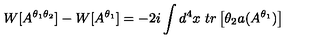
W [ A ^ { \theta _ { 1 } \theta _ { 2 } } ] - W [ A ^ { \theta _ { 1 } } ] = - 2 i \int d ^ { 4 } x \ t r \left[ \theta _ { 2 } a ( A ^ { \theta _ { 1 } } ) \right]